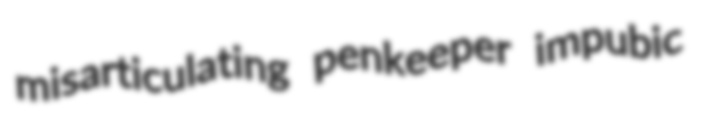
misarticulating penkeeper impubic